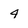
Character: 4